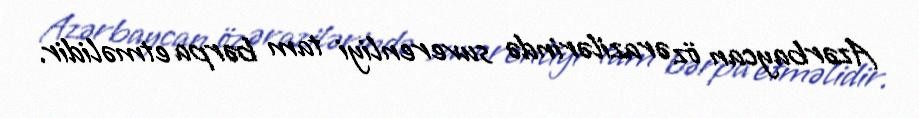
Azərbaycan öz ərazilərində suverenliyi tam bərpa etməlidir.